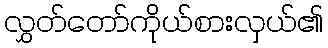
လွှတ်တော်ကိုယ်စားလှယ်၏